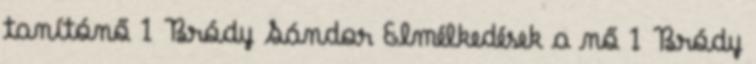
tanítónő 1 Bródy Sándor Elmélkedések a nő 1 Bródy